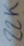
Text: 22K